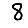
Digit: 8